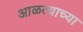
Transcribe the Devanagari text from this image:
आळत्याच्या